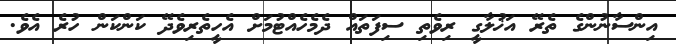
އިންސާނުންގެ ތެރޭ އަޚުލާގީ ރިވެތި ސިފަތައް ދެމެހެއްޓުމަށް އެހީތެރިވެދޭ ކަންކަން ހުރެ އެވެ.